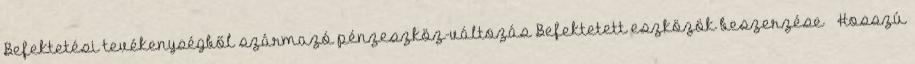
Befektetési tevékenységből származó pénzeszköz-változás Befektetett eszközök beszerzése – Hosszú